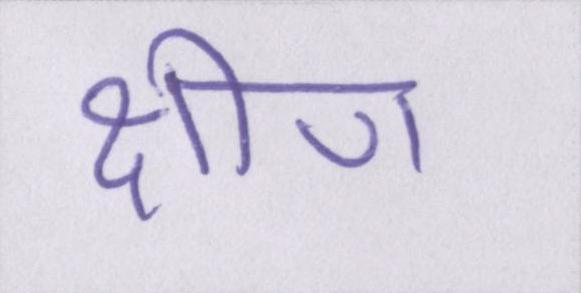
क्षीण